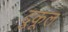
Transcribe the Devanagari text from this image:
दुकूल